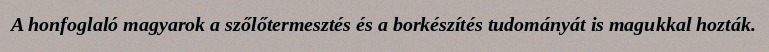
A honfoglaló magyarok a szőlőtermesztés és a borkészítés tudományát is magukkal hozták.